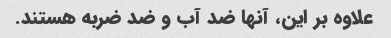
علاوه بر این، آنها ضد آب و ضد ضربه هستند.